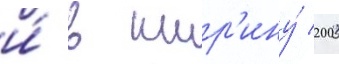
и́ в шир'ину́ 200